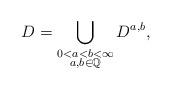
LaTeX: \begin{align*} D = \bigcup_{ \substack{ 0 <a < b< \infty \\ a, b \in \mathbb Q } } D^{a,b}, \end{align*}